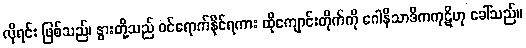
လိုရင်း ဖြစ်သည်၊ နွားတို့သည် ဝင်ရောက်နိုင်ရကား ထိုကျောင်းတိုက်ကို ဂေါနိသာဒိကကုဋိဟု ခေါ်သည်။